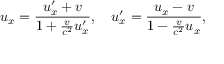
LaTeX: u _ { x } = { \frac { u _ { x } ^ { \prime } + v } { 1 + { \frac { v } { c ^ { 2 } } } u _ { x } ^ { \prime } } } , \quad u _ { x } ^ { \prime } = { \frac { u _ { x } - v } { 1 - { \frac { v } { c ^ { 2 } } } u _ { x } } } ,